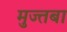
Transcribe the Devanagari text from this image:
मुज्तबा